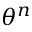
\theta ^ { n }